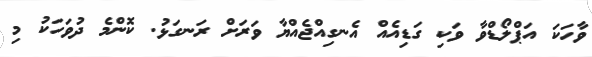
ވާހަކަ އަޕްލޯޑްވާ ވަކި ގަޑިއެއް އެނގިއްޖެއްޔާ ވަރަށް ރަނގަޅު. ކޮންމެ ދުވަހަކު މި